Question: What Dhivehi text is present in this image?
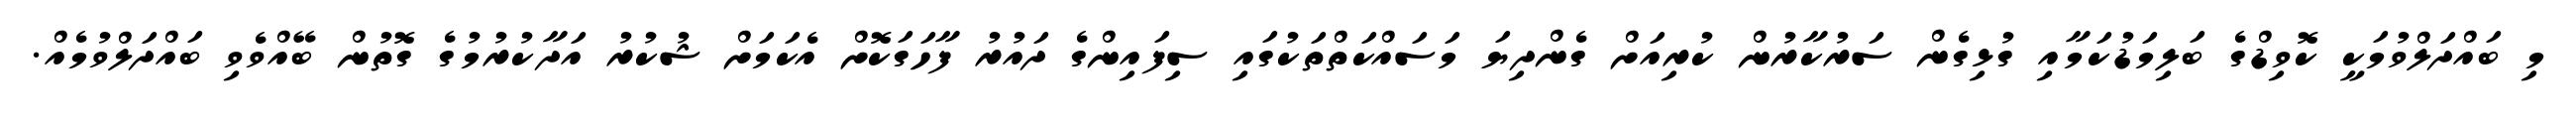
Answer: މި ބައްދަލްވުމަކީ ކޮވިޑްގެ ބަލިމަޑުކަމާއި ގުޅިގެން ސަރުކާރުން ކުރިއަށް ގެންދިޔަ މަސައްކަތްތަކުގައި ސިފައިންގެ ދައުރު ފާހަގަކޮށް އެކަމަށް ޝުކުރު އަދާކުރުމުގެ ގޮތުން ބޭއްވެވި ބައްދަލްވުމެއް.